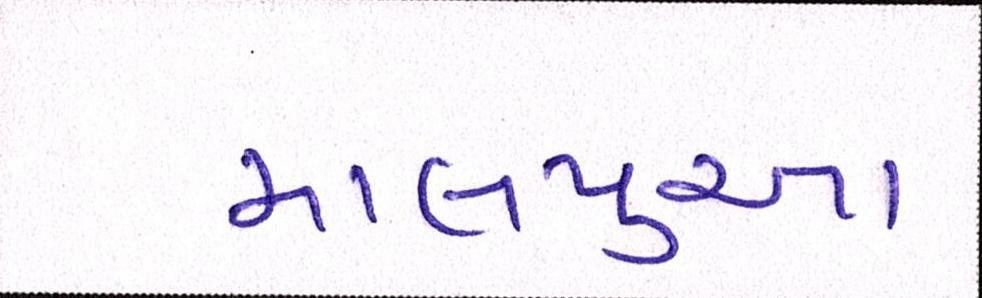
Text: માલપુઆ